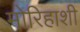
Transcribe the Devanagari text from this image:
मोरिहाशी